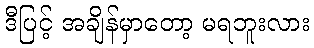
ဒီပြင့် အချိန်မှာတော့ မရဘူးလား